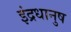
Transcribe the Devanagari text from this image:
इंद्रधानुष